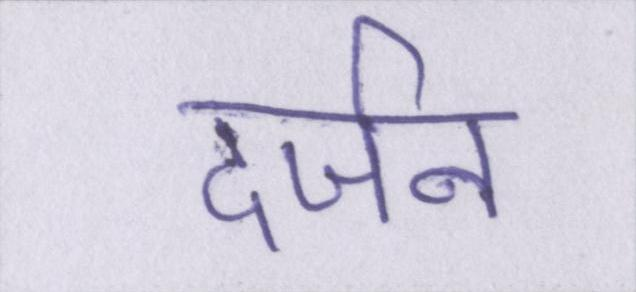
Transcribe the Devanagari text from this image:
दर्जन